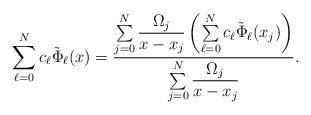
LaTeX: \begin{align*}\sum_{\ell=0}^Nc_{\ell}\tilde{\Phi}_{\ell}(x)=\dfrac{\sum\limits_{j=0}^N\dfrac{\Omega_j}{x-x_j}\left(\sum\limits_{\ell=0}^Nc_{\ell}\tilde{\Phi}_{\ell}(x_j)\right)}{\sum\limits_{j=0}^N\dfrac{\Omega_j}{x-x_j}}.\end{align*}